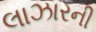
લાઝારની